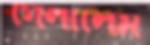
গেলালেম